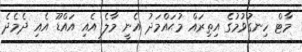
މާޓް ހިނގުވުމުގެ އިތިރައް މުޙައްމަދު އެނީ މާލެ އެއި އައްޑޫ އެެއި ދެމެދެ